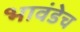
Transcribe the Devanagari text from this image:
भावंडेच